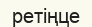
ретіңце